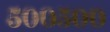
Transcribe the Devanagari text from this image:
५००५००